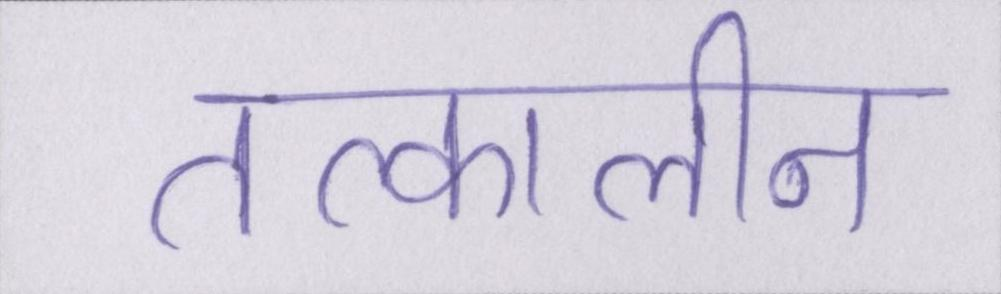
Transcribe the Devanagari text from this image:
तत्कालीन